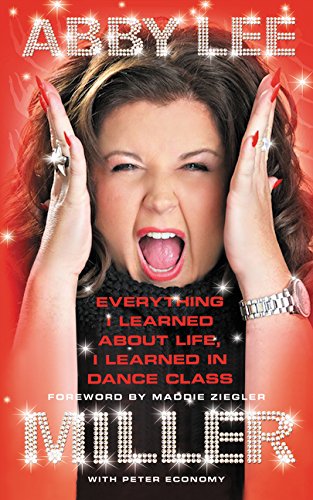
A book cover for Everything I Learned about Life, I Learned in Dance Class; Abby Lee Miller; Biographies & Memoirs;